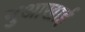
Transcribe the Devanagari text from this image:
नुआखाई